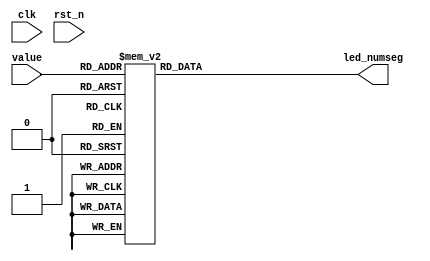
module led_decoder(clk,rst_n,value,led_numseg
		);
	input clk,rst_n;
	input [3:0] value;
	output [7:0] led_numseg;  

	wire [3:0] value;
	reg [7:0] led_numseg;  
	always@(value)
		case(value)
			4'd0 : led_numseg = 8'b00000011;
			4'd1 : led_numseg = 8'b10011111;
			4'd2 : led_numseg = 8'b00100101;
			4'd3 : led_numseg = 8'b00001101;
			4'd4 : led_numseg = 8'b10011001;
			4'd5 : led_numseg = 8'b01001001;
			4'd6 : led_numseg = 8'b01000001;
			4'd7 : led_numseg = 8'b00011111;
			4'd8 : led_numseg = 8'b00000001;
			4'd9 : led_numseg = 8'b00001001;
			default : led_numseg = 8'b11111111;
		endcase
	
endmodule